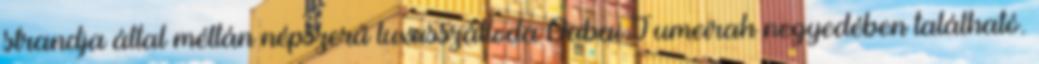
strandja által méltán népszerű luxusszálloda Dubai Jumeirah negyedében található.